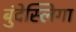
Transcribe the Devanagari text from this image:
बुंदेस्लिगा